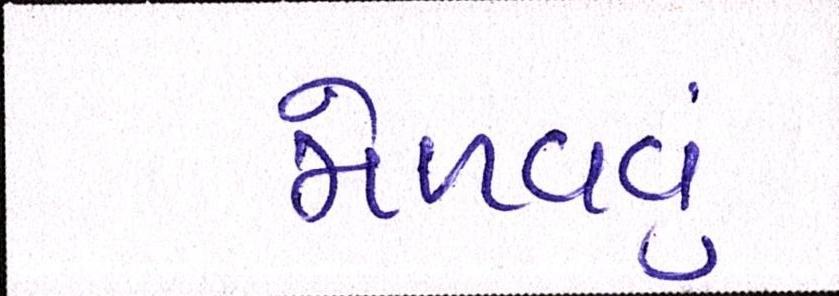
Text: મેળવવું